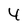
Character: 4